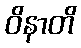
ဝိနာတိ